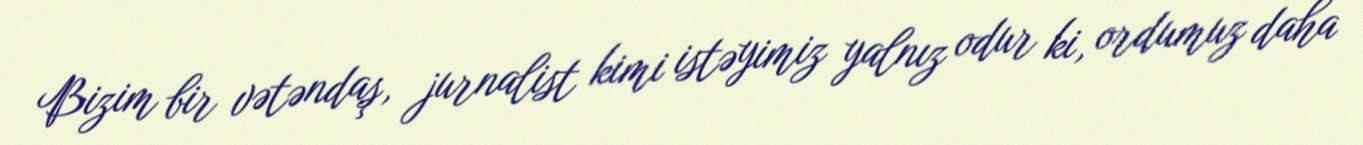
Bizim bir vətəndaş, jurnalist kimi istəyimiz yalnız odur ki, ordumuz daha